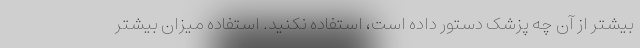
بیشتر از آن چه پزشک دستور داده است، استفاده نکنید. استفاده میزان بیشتر